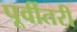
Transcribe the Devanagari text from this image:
पूर्वीतरी